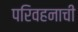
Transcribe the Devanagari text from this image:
परिवहनाची